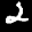
Label: 2